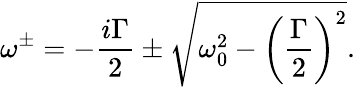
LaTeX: \omega^{\pm}=-\frac{i\Gamma}{2}\pm\sqrt{\omega_{0}^{2}-\left(\frac{\Gamma}{2}\right)^{2}}.